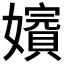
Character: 𡣑